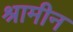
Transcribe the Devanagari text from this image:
श्रामीन